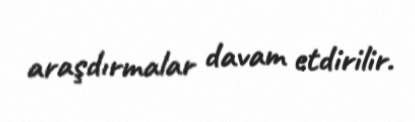
araşdırmalar davam etdirilir.